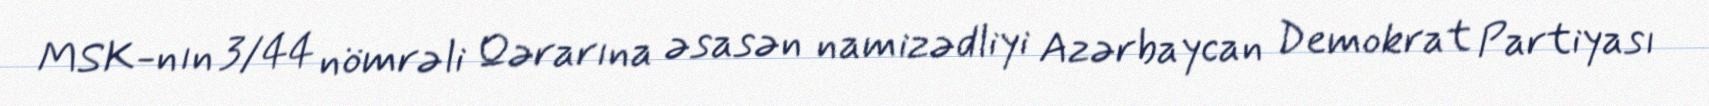
MSK-nın 3/44 nömrəli Qərarına əsasən namizədliyi Azərbaycan Demokrat Partiyası